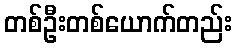
တစ်ဦးတစ်ယောက်တည်း